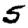
Digit: 5